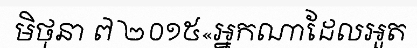
មិថុនា ៧ ២០១៥«អ្នកណាដែលអួត